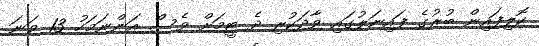
ކޮލިފައިން ބުރުގެ ފައިނަލުގައި ވާދަކުރި ދެ ޓީމަށް ވެސް އަންނަމަހު 13 ވަނަ